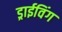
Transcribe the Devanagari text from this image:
ड्राईविंग